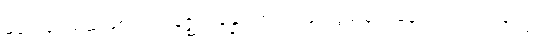
မတွေဝေသည်ဖြစ်၍။ အနဇ္ဈာပန္နော၊ တဏှာဖြင့်လွှမ်းမိုး၍မရောက်သည် ဖြစ်၍။